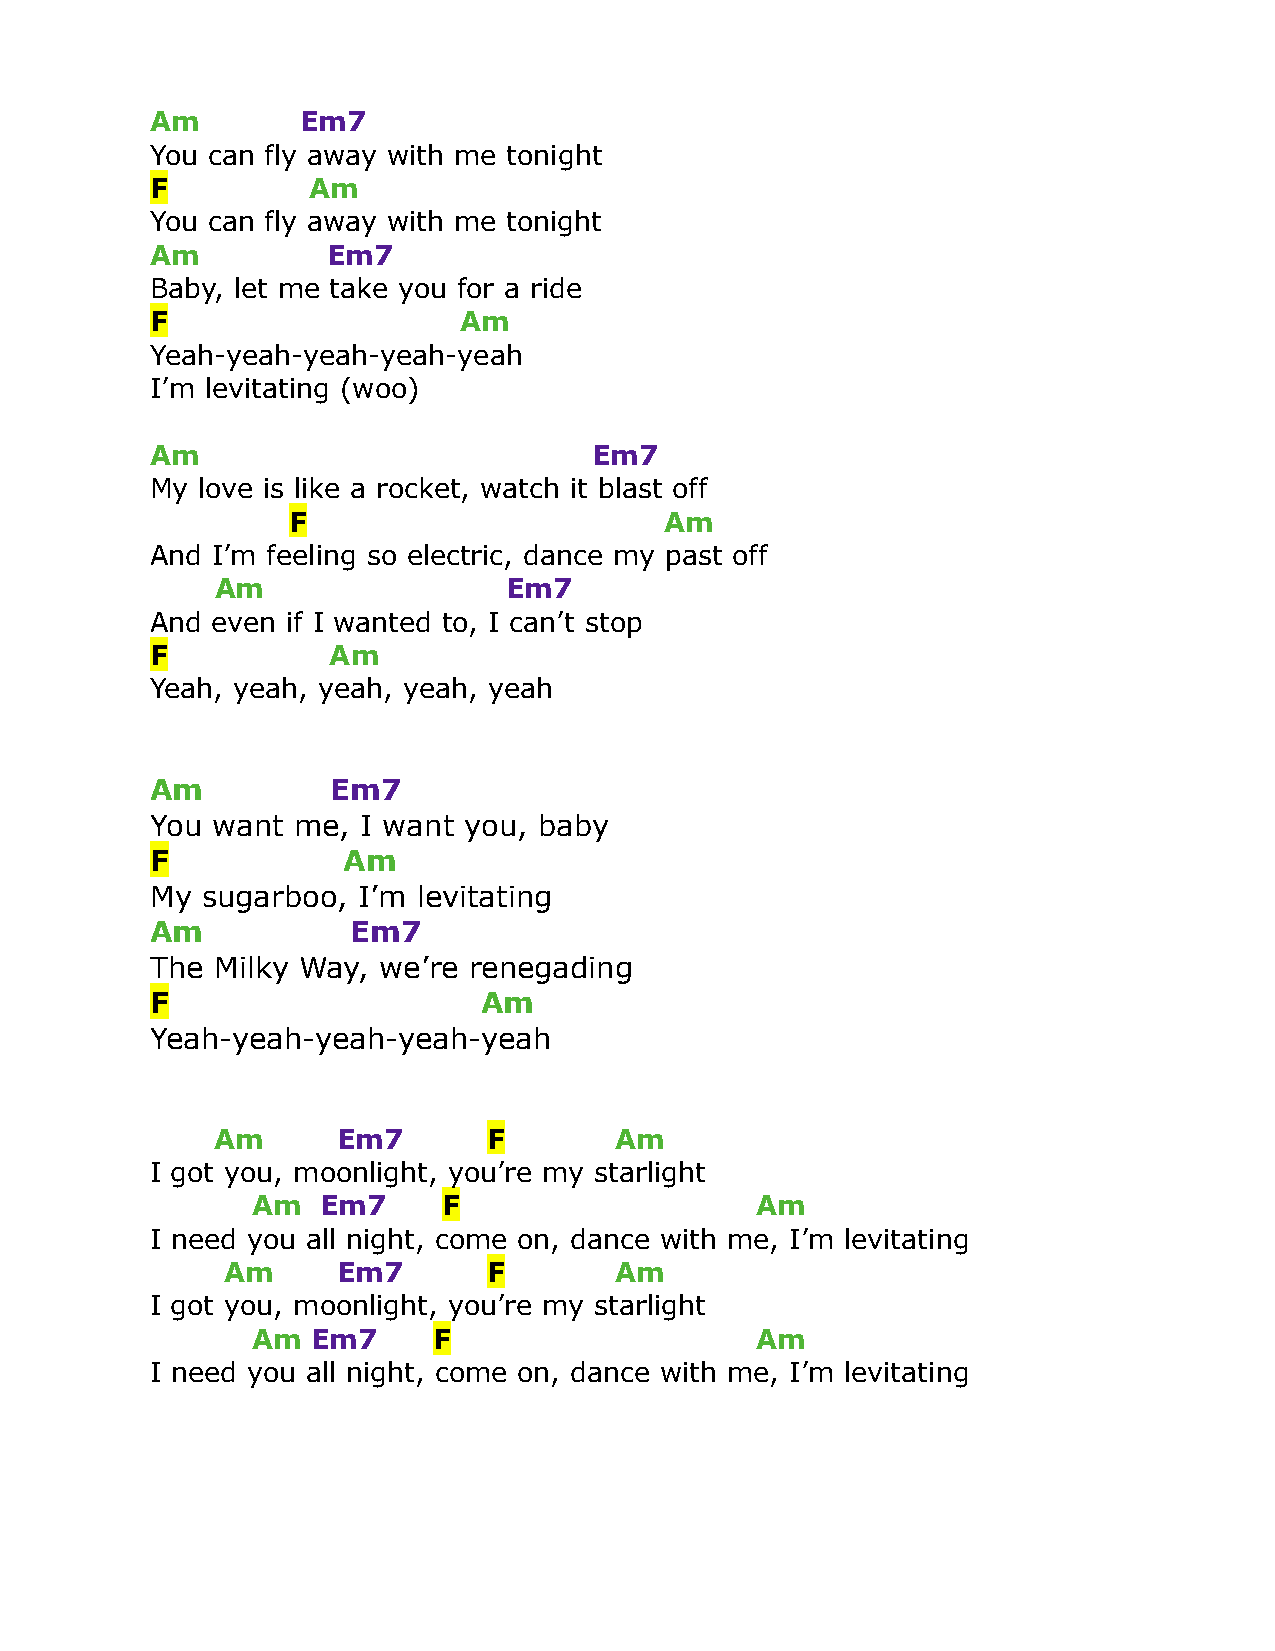
Am        Em7
 You can fly away with me tonight
 F         Am
 You can fly away with me tonight
 Am          Em7
 Baby, let me take you for a ride
 F                   Am
 Yeah-yeah-yeah-yeah-yeah
 I’m levitating (woo)
 Am                           Em7
 My love is like a rocket, watch it blast off
 F                        Am
 And I’m feeling so electric, dance my past off
 Am                 Em7
 And even if I wanted to, I can’t stop
 F           Am
 Yeah, yeah, yeah, yeah, yeah
 Am          Em7
 You want me,  I want you, baby
 F            Am
 My sugarboo,  I’m levitating
 Am           Em7
 The Milky Way, we’re renegading
 F                     Am
 Yeah-yeah-yeah-yeah-yeah
 Am      Em7       F        Am
 I got you, moonlight, you’re my starlight
 Am  Em7     F                    Am
 I need you all night, come on, dance with me, I’m levitating
 Am     Em7       F        Am
 I got you, moonlight, you’re my starlight
 Am  Em7     F                    Am
 I need you all night, come on, dance with me, I’m levitating